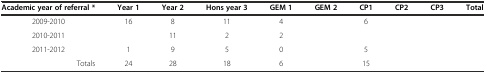
<table><thead><tr><td><b>Academic year of referral *</b></td><td><b>Year 1</b></td><td><b>Year 2</b></td><td><b>Hons year 3</b></td><td><b>GEM 1</b></td><td><b>GEM 2</b></td><td><b>CP1</b></td><td><b>CP2</b></td><td><b>CP3</b></td><td><b>Total</b></td></tr></thead><tbody><tr><td>2009-2010</td><td>16</td><td>8</td><td>11</td><td>4</td><td>[EMPTY_CELL]</td><td>6</td><td>[EMPTY_CELL]</td><td>[EMPTY_CELL]</td><td>[EMPTY_CELL]</td></tr><tr><td>2010-2011</td><td>[EMPTY_CELL]</td><td>11</td><td>2</td><td>2</td><td>[EMPTY_CELL]</td><td>[EMPTY_CELL]</td><td>[EMPTY_CELL]</td><td>[EMPTY_CELL]</td><td>[EMPTY_CELL]</td></tr><tr><td>2011-2012</td><td>1</td><td>9</td><td>5</td><td>0</td><td>[EMPTY_CELL]</td><td>5</td><td>[EMPTY_CELL]</td><td>[EMPTY_CELL]</td><td>[EMPTY_CELL]</td></tr><tr><td>Totals</td><td>24</td><td>28</td><td>18</td><td>6</td><td>[EMPTY_CELL]</td><td>15</td><td>[EMPTY_CELL]</td><td>[EMPTY_CELL]</td><td>[EMPTY_CELL]</td></tr></tbody></table>